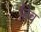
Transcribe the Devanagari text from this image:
हिव